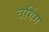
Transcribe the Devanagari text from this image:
चगिंग